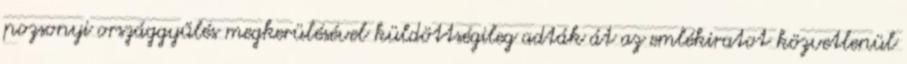
pozsonyi országgyűlés megkerülésével küldöttségileg adták át az emlékiratot közvetlenül